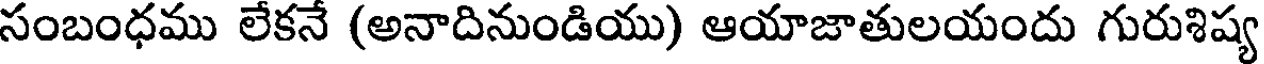
సంబంధము లేకనే (అనాదినుండియు) ఆయాజాతులయందు గురుశిష్య